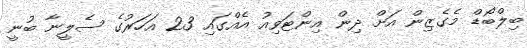
ބިލްބޯޑް މެގެޒިން އަށް ދިން އިންޓަވިއު އެއްގައި 23 އަހަރުގެ ސެލީނާ ބުނީ